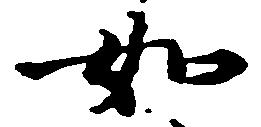
如